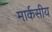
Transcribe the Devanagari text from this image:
मार्कसीय